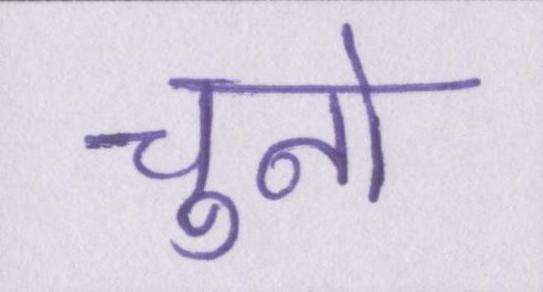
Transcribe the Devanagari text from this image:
चुनो